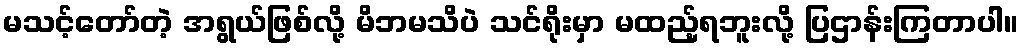
မသင့်တော်တဲ့ အရွယ်ဖြစ်လို့ မိဘမသိပဲ သင်ရိုးမှာ မထည့်ရဘူးလို့ ပြဌာန်းကြတာပါ။